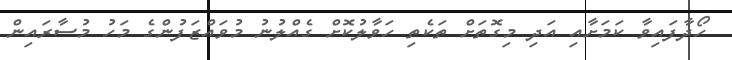
ހޯދާފައިވާ ކަމަށާއި އަދި މިގޮތަށް ތަކެތި ހަވާލުކޮށް ގެއްލުނު މުވައްޒަފުންގެ މަހު މުސާރައިން